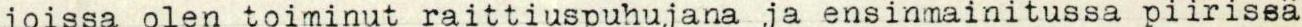
joissa olen toiminut raittiuspuhujana ja ensinmainitussa piirissä